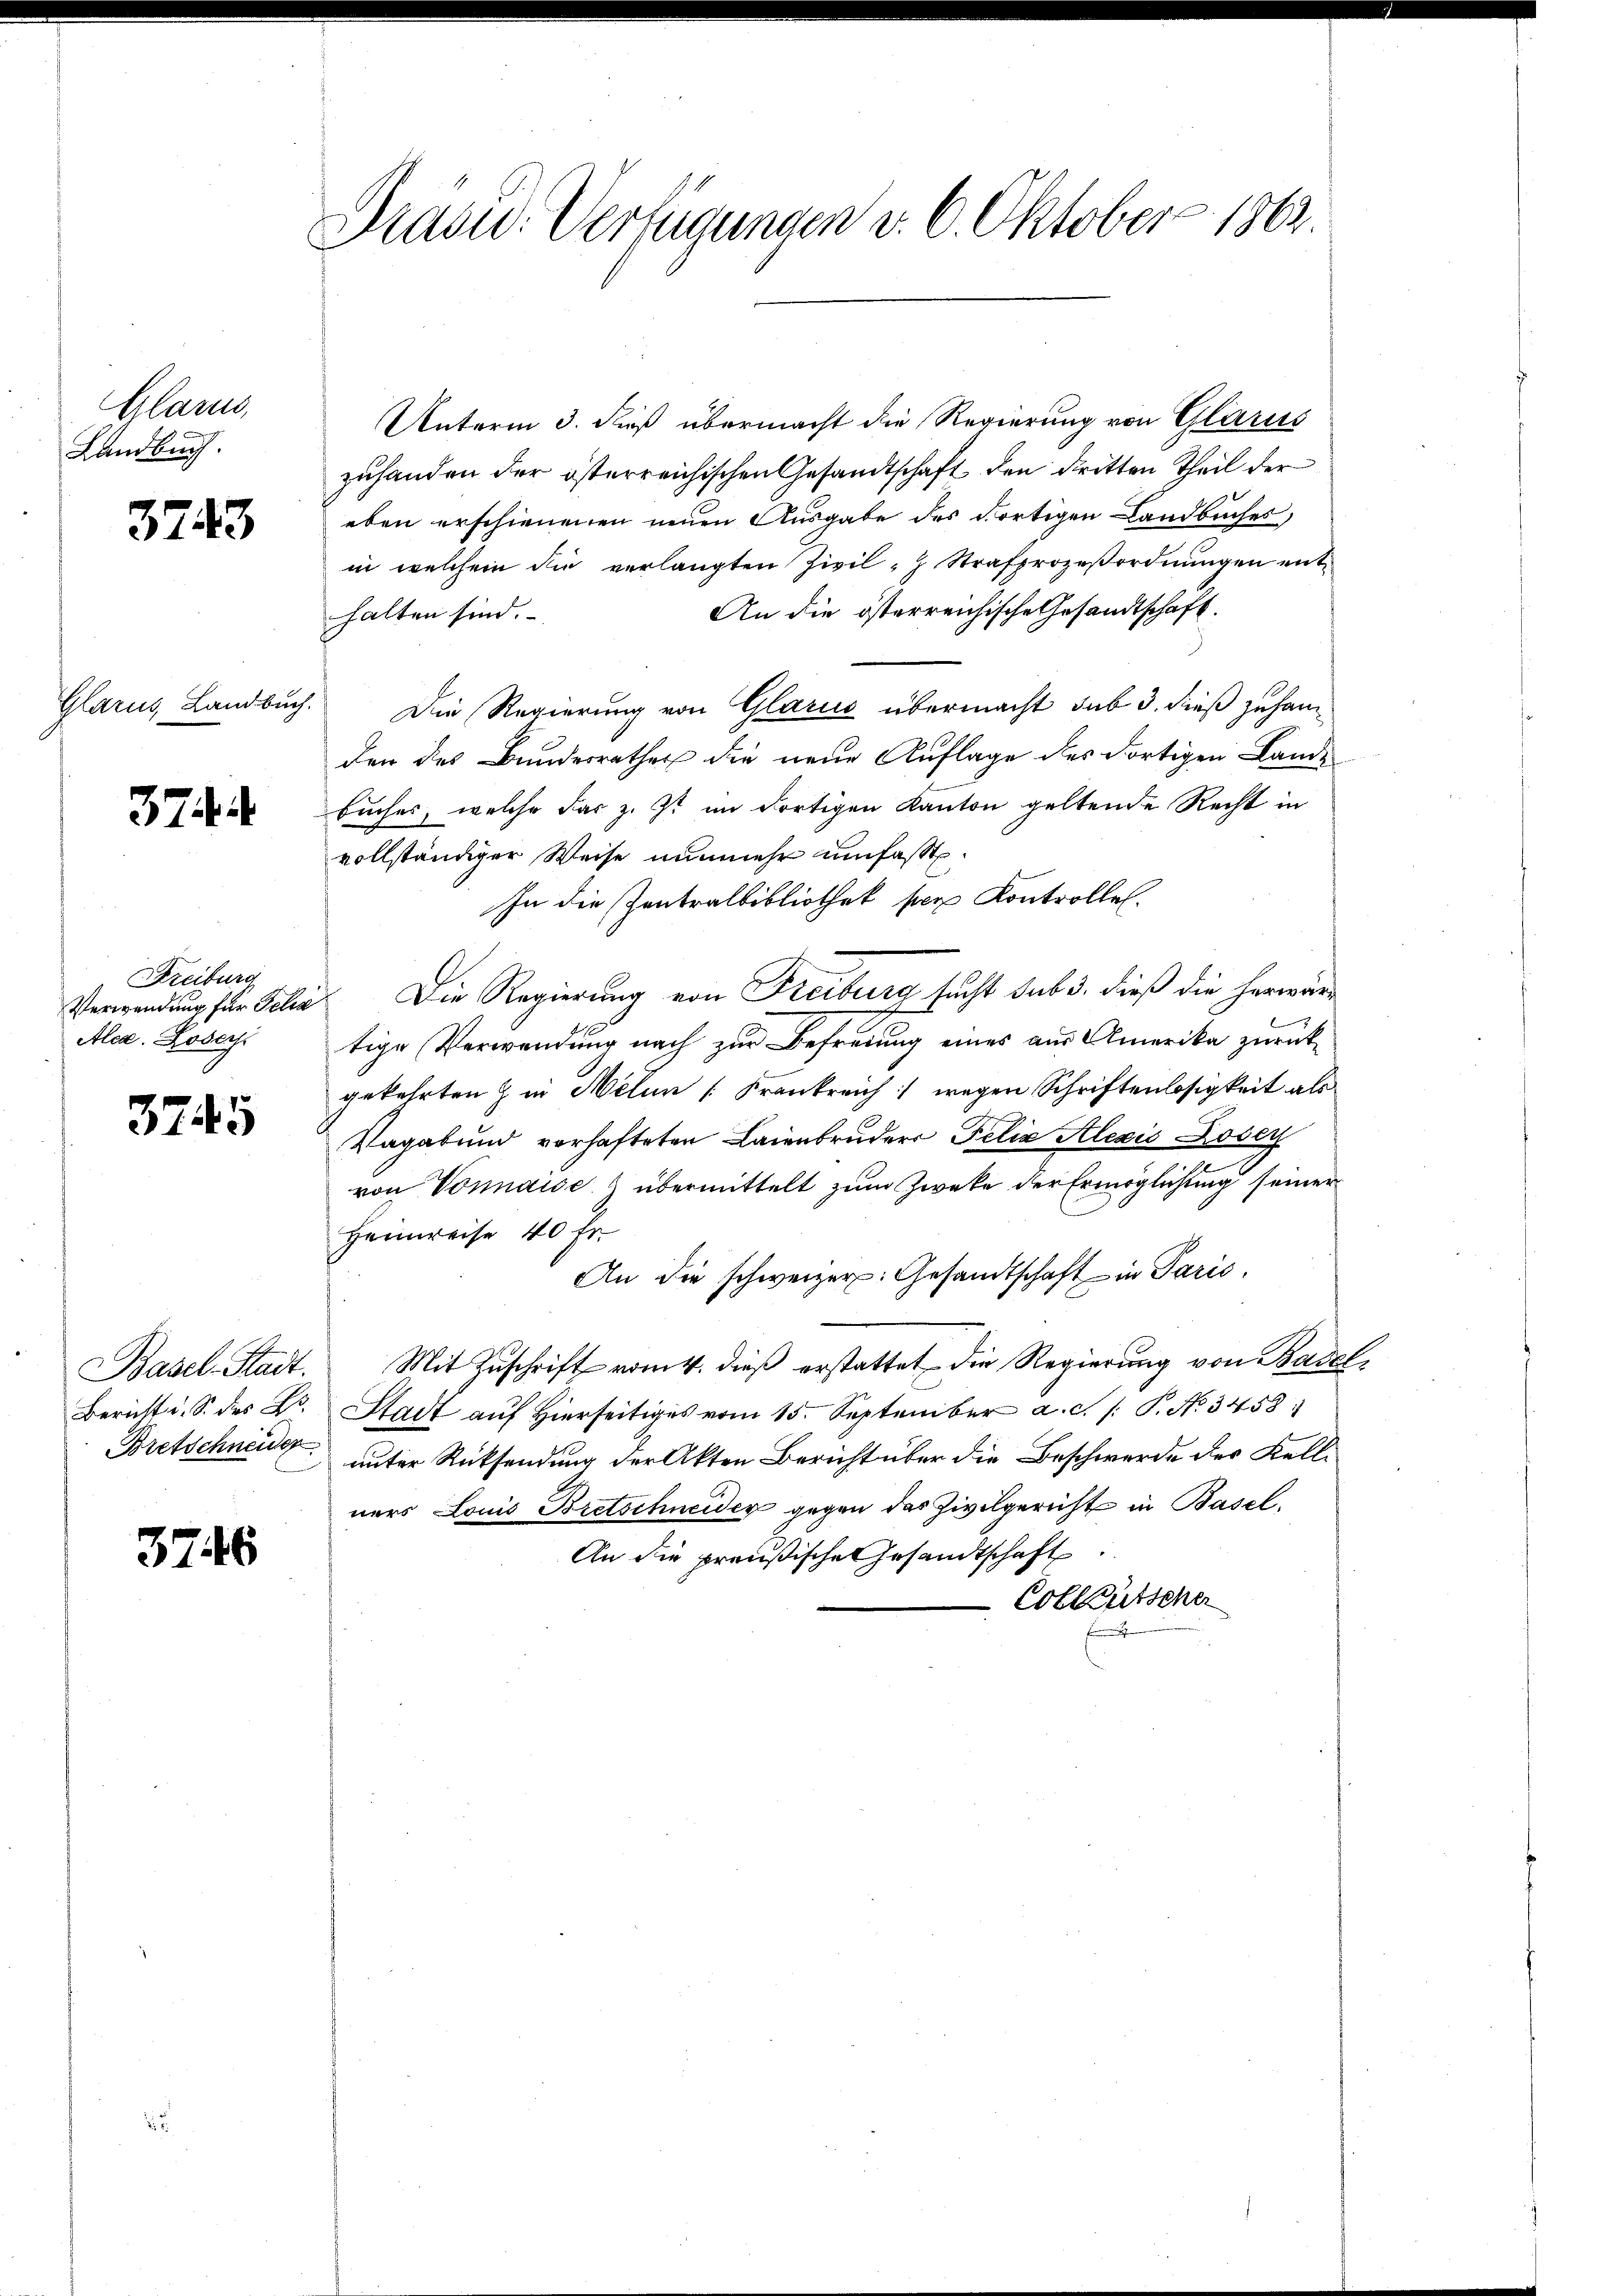
Glarus,
Landbuch.

3743

Glarus, Landbuch.

37

Freiburg
Verwendung für Geha
Alca. Jose

3745

Basel-Stadt.
Bericht d. S. des Hs.
Bretschneider

3746

Masid. Verfügungen v. 6. Oktober 1862.

Unterm 3. dieß übermacht die Regierung von Glarus
zuhanden der österreichischen Gesandtschaft den dritten Theil der
eben erschienenen neuen Ausgabe des dortigen Landbuches
in welchem die verlangten Zivil- Strafprozeβordnŭngen ent-
An die österreichische Gesandtschaft.
halten sind.
Die Regierung von Glarus übermacht sub 3. dieß zuhanden des Bundesrathes die neue Auflage des dortigen Lande
buches, welche dar z. Zt. im dortigen Kanton geltende Recht in
vollständiger Weise nunmehr umfasst.
In die Zentralbibliothek per Kontrolle.
Die Regierung von Freiburg sucht sub 3. dieß die herwärtige Verwendung nach zur Befreiung eines aus Amerika zurückgekehrten & in Melin [Frankreich wegen Schriftenlosigkeit als
Vagabund vorhafteten Laienbruders Felix Alexis Lobey
von Vonnaise übermittelt zum Zwecke der Ermöglichung seiner
Heimreise 40 Fr.
An die schweizer. Gesandtschaft in Paris
Mit Zuschrift vom 4. dieß erstattet die Regierung von Basel-
Stadt auf Hierseitiges vom 15. September a. c. /: P. No 3458)
unter Rücksendung der Akten Bericht über die Beschwerde des Kell-
ners Louis Bretschneider gegen das Zivilgericht in Basel.
An die preußische Gesandtschaft.
Colleutscher